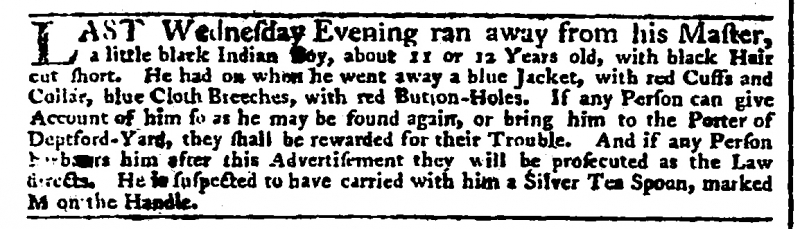
Daily Advertiser, 18 December 1772 (England)
LAST Wednesday Evening ran away from his Master, a little black Indian Boy, about 11 or 12 Years old, with black Hair cut short. He had on when he went away a blue Jacket, with red Cuffs and Collar, blue Cloth Breeches, with red Button-Holes. If any Person can give Account of him so as he may be found again, or bring him to the Porter of Deptford-Yard, they shall be rewarded for their Trouble. And if any Person harbours him after this Advertisement they will be prosecuted as the Law directs. He is suspected to have carried with him a Silver Tea Spoon, marked M on the Handle.